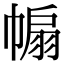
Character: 𢄒